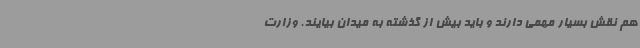
هم نقش بسیار مهمی دارند و باید بیش از گذشته به میدان بیایند. وزارت